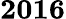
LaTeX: \mathbf{2016}